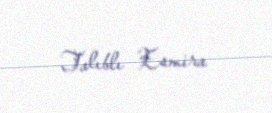
Talıblı Esmira